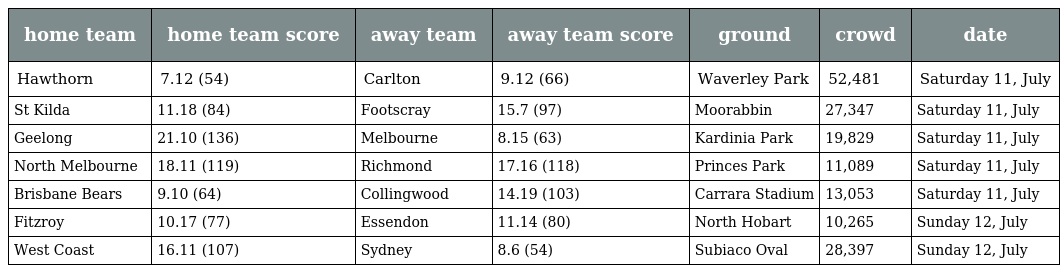
| home team | home team score | away team | away team score | ground | crowd | date |
 | --- | --- | --- | --- | --- | --- | --- |
 | Hawthorn | 7.12 (54) | Carlton | 9.12 (66) | Waverley Park | 52,481 | Saturday 11, July |
 | St Kilda | 11.18 (84) | Footscray | 15.7 (97) | Moorabbin | 27,347 | Saturday 11, July |
 | Geelong | 21.10 (136) | Melbourne | 8.15 (63) | Kardinia Park | 19,829 | Saturday 11, July |
 | North Melbourne | 18.11 (119) | Richmond | 17.16 (118) | Princes Park | 11,089 | Saturday 11, July |
 | Brisbane Bears | 9.10 (64) | Collingwood | 14.19 (103) | Carrara Stadium | 13,053 | Saturday 11, July |
 | Fitzroy | 10.17 (77) | Essendon | 11.14 (80) | North Hobart | 10,265 | Sunday 12, July |
 | West Coast | 16.11 (107) | Sydney | 8.6 (54) | Subiaco Oval | 28,397 | Sunday 12, July |